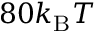
8 0 k _ { \mathrm { B } } T